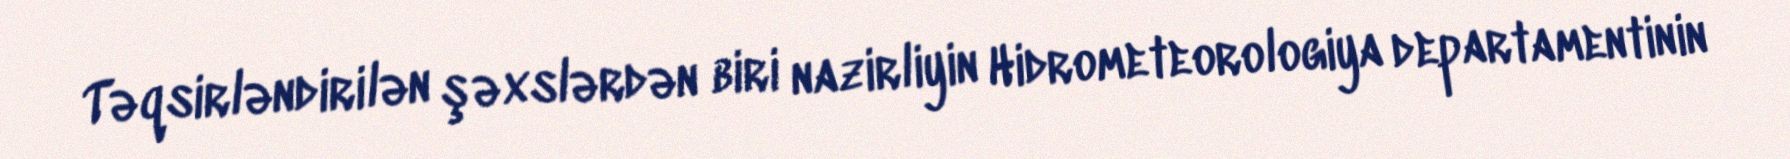
Təqsirləndirilən şəxslərdən biri nazirliyin Hidrometeorologiya departamentinin